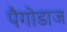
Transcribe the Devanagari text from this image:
पैगोडाज